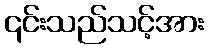
၎င်းသည်သင့်အား